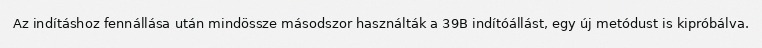
Az indításhoz fennállása után mindössze másodszor használták a 39B indítóállást, egy új metódust is kipróbálva.